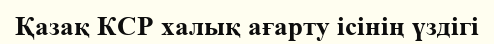
Қазақ КСР халық ағарту ісінің үздігі